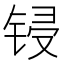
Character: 锓